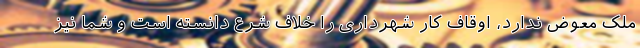
ملک معوض ندارد، اوقاف کار شهرداری را خلاف شرع دانسته است و شما نیز